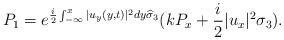
\begin{align*}&P_1=e^{\frac{i}{2} \int_{-\infty}^x|u_y(y, t)|^2 dy \widehat{\sigma}_{3}}(k P_x+\frac{i}{2} |u_x|^2 \sigma_{3}).\end{align*}